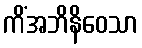
ကိံအဘိနိဝေသာ